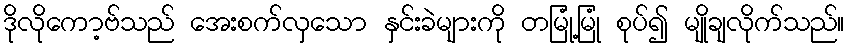
ဒိုလိုကော့ဗ်သည် အေးစက်လှသော နှင်းခဲများကို တမြုံ့မြုံ စုပ်၍ မျိုချလိုက်သည်။